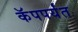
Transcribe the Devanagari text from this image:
कॅपपर्यंत